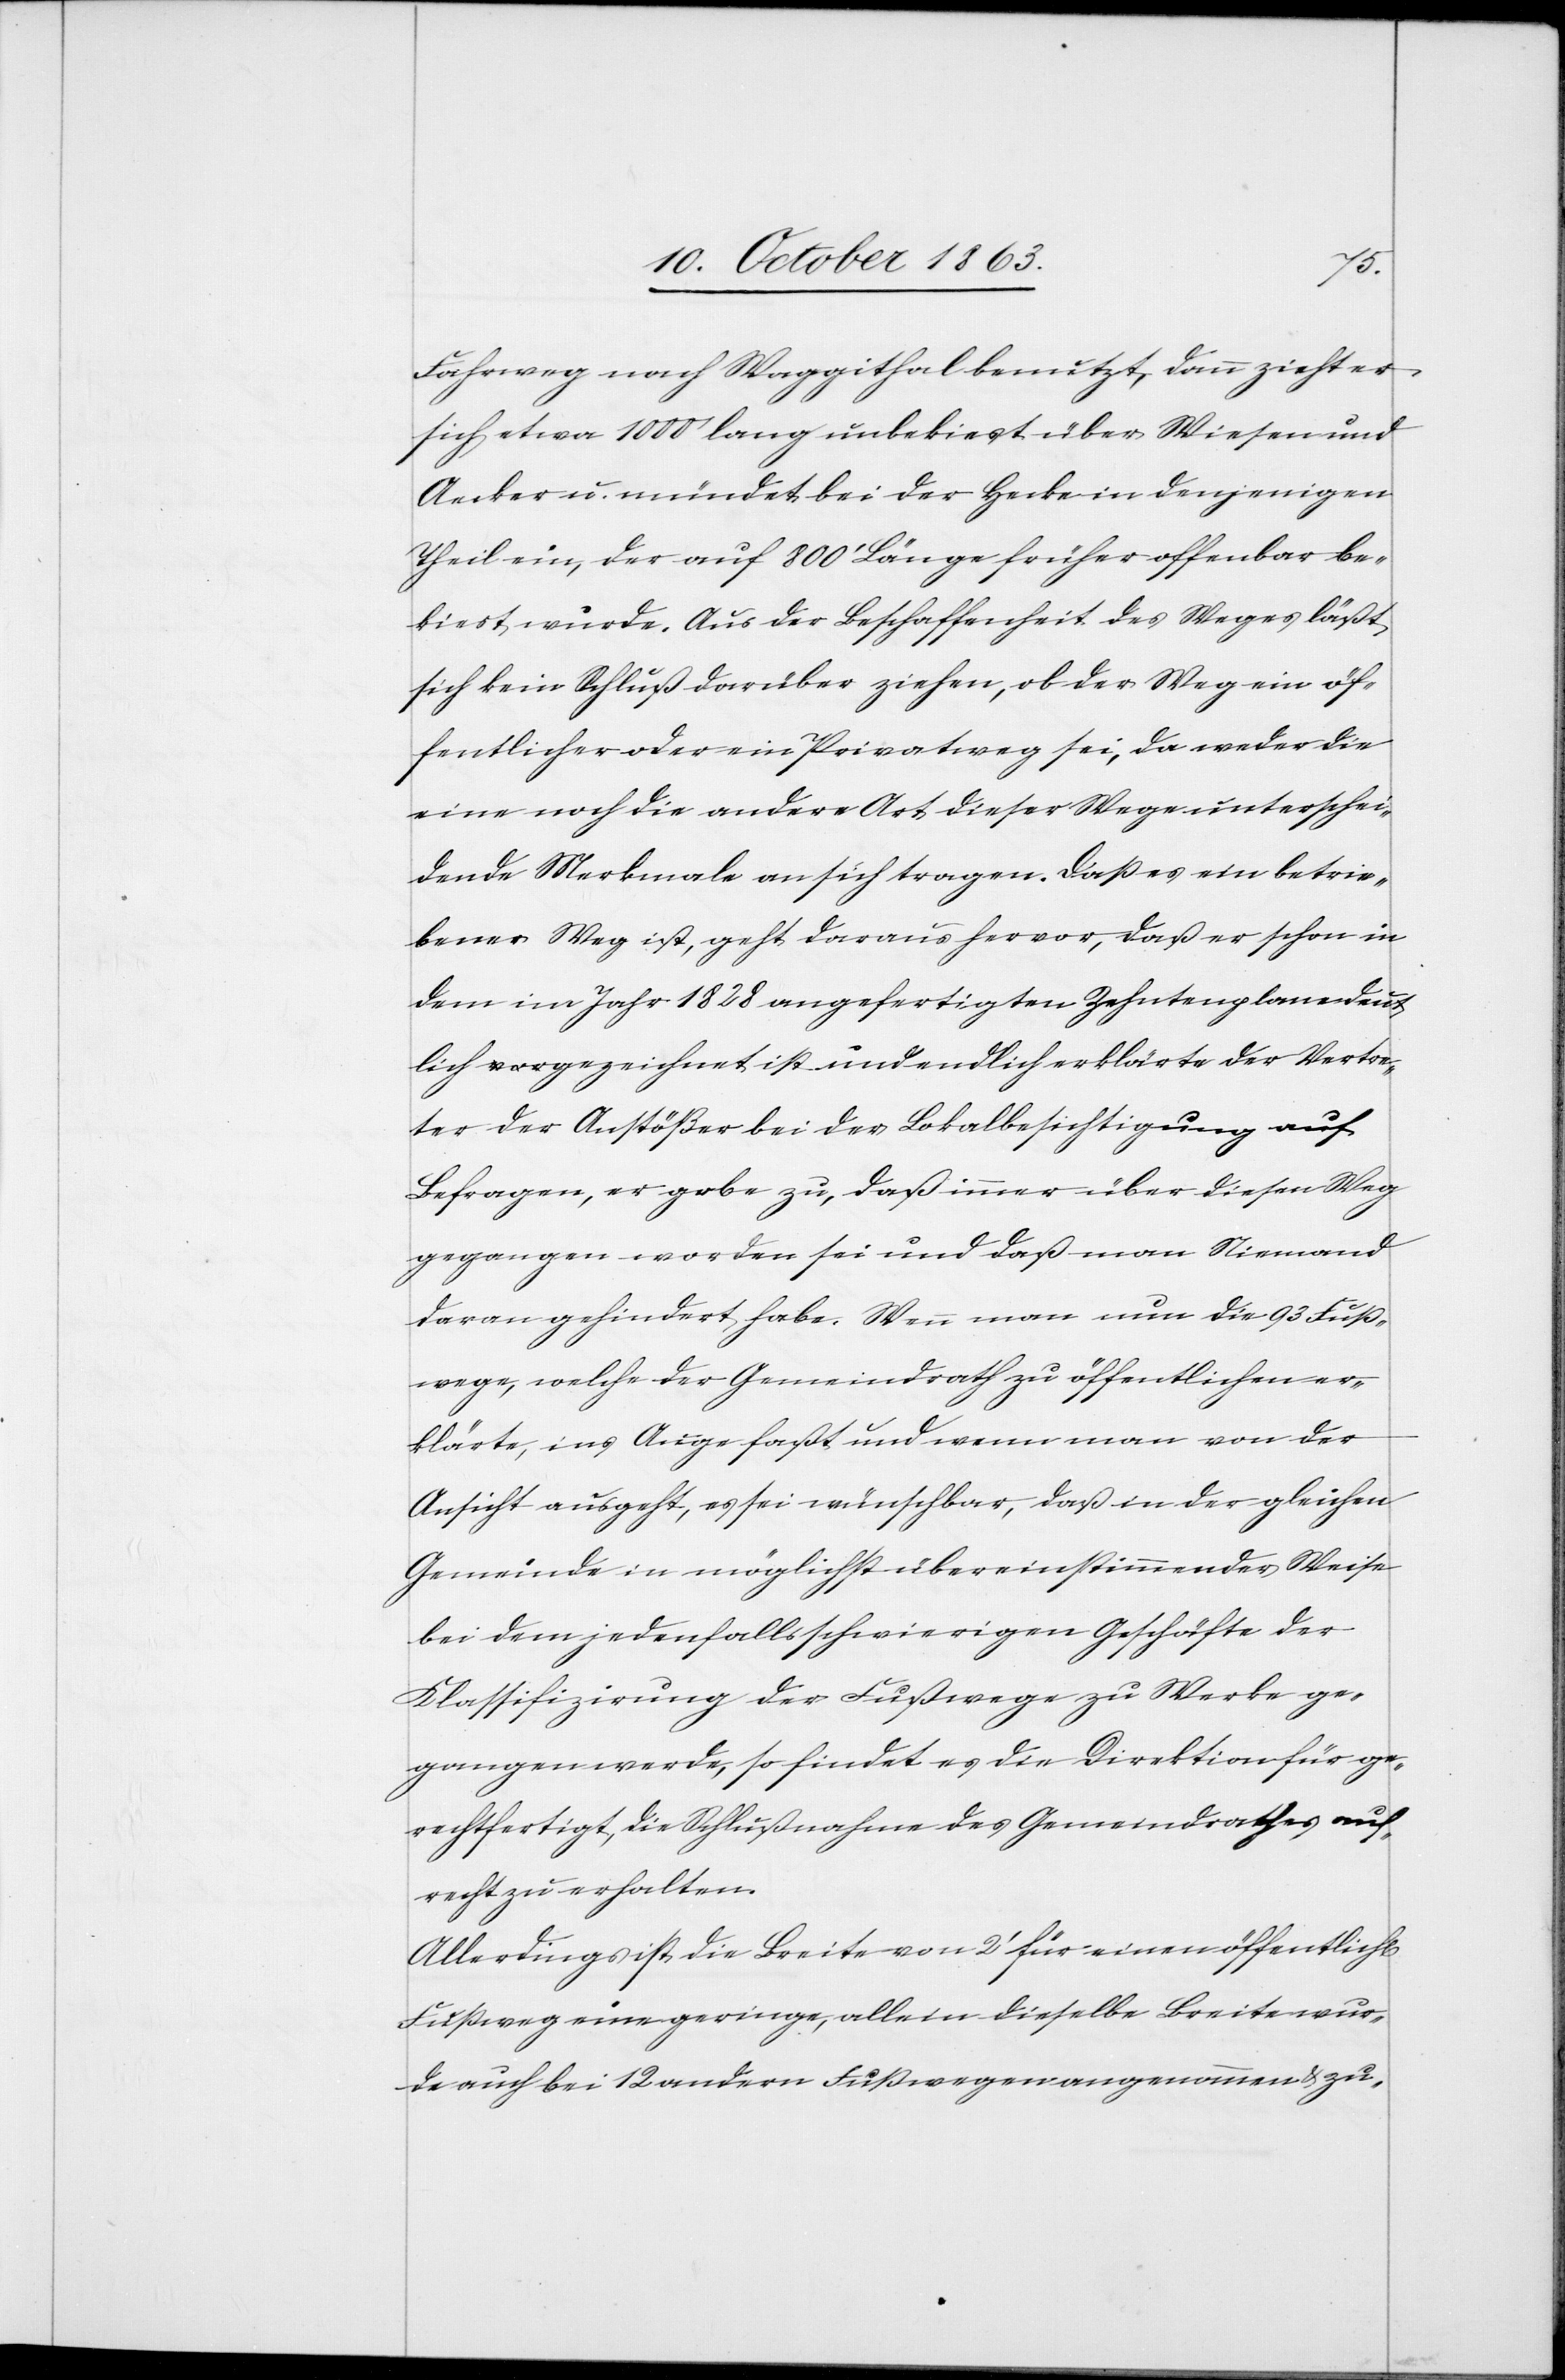
Fahrweg nach Waggithal benutzt, dann zieht er
sich etwa 1000' lang unbekiest über Wiesen und
Aecker u. mündet bei der Hecke in denjenigen
Theil ein, der auf 800' Länge früher offenbar be¬
kiest wurde. Aus der Beschaffenheit des Weges läßt
sich kein Schluß darüber ziehen, ob der Weg ein öf¬
fentlicher oder ein Privatweg sei, da weder die
eine noch die andere Art dieser Wege unterschei¬
dende Merkmale an sich tragen. Daß es ein betrie¬
bener Weg ist, geht daraus hervor, daß er schon in
dem im Jahr 1828 angefertigten Zehntenplane deut¬
lich gezeichnet ist und endlich erklärte der Vertre¬
ter der Anstößer bei der Lokalbesichtigung auf
Befragen, er gebe zu, daß immer über diesen Weg
gegangen worden sei und daß man Niemand
daran gehindert habe. Wenn man nun die 93 Fuß¬
wege, welche der Gemeindrath zu öffentlichen er¬
klärte, ins Auge faßt und wenn man von der
Ansicht ausgeht, es sei wünschbar, daß in der gleichen
Gemeinde in möglichst übereinstimmender Weise
bei dem jedenfalls schwierigen Geschäfte der
Klassifizirung der Fußwege zu Werke ge¬
gangen werde, so findet es die Direktion für ge¬
rechtfertigt, die Schlußnahme des Gemeindrathes auf¬
recht zu erhalten.
Allerdings ist die Breite von 2' für einen öffentlich[en]
Fußweg eine geringe, allein dieselbe Breite wur¬
de auch bei 12 andern Fußwegen angenommen & zu-